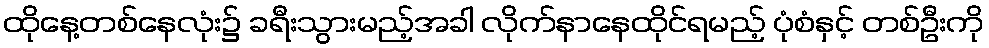
ထိုနေ့တစ်နေလုံး၌ ခရီးသွားမည့်အခါ လိုက်နာနေထိုင်ရမည့် ပုံစံနှင့် တစ်ဦးကို